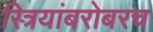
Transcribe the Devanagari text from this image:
स्त्रियांबरोबरच